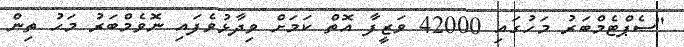
"ސެޕްޓެމްބަރު މަހުގައި 42000 ވަޒީފާ އޮތް ކަމަށް ވިދާޅުވެފައި ނޮވެމްބަރު މަހު ތިން